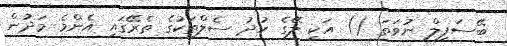
ބޭސަފިލް ނުވަތަ () އަކީ ލޭގެ ހުދު ސެލްތަކުގެ ތެރޭގައި އެންމެ މަދުން